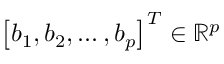
\left[ b _ { 1 } , b _ { 2 } , \ldots , b _ { p } \right] ^ { T } \in \mathbb { R } ^ { p }